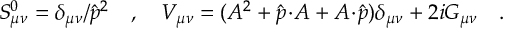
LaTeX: S _ { \mu \nu } ^ { 0 } = \delta _ { \mu \nu } / { \hat { p } ^ { 2 } } \quad , \quad V _ { \mu \nu } = ( A ^ { 2 } + \hat { p } \! \cdot \! A + A \! \cdot \! \hat { p } ) \delta _ { \mu \nu } + 2 i G _ { \mu \nu } \quad .